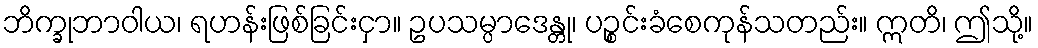
ဘိက္ခုဘာဝါယ၊ ရဟန်းဖြစ်ခြင်းငှာ။ ဥပသမ္ပာဒေန္တု၊ ပဉ္စင်းခံစေကုန်သတည်း။ ဣတိ၊ ဤသို့။